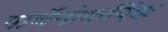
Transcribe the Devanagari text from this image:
पार्थेनोकर्पिक